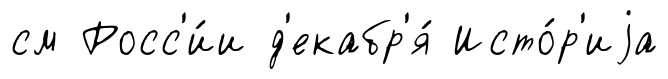
см Росс'и́и д'екабр'я́ Исто́р'иjа